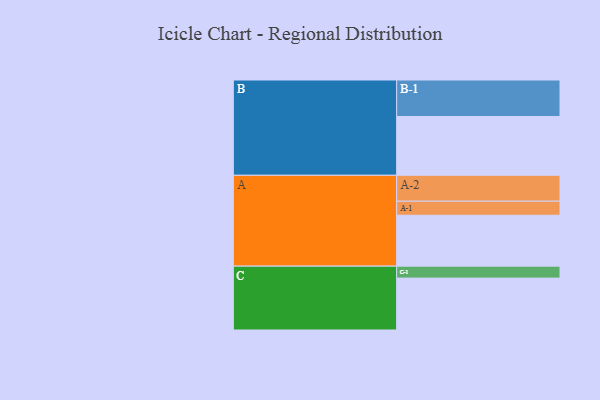
{"axis": {"x": "Segment", "y": "Value"}, "legend": ["", "A", "B", "C"], "data": [{"x": "A", "y": 413, "type": ""}, {"x": "B", "y": 477, "type": ""}, {"x": "C", "y": 421, "type": ""}, {"x": "A-1", "y": 114, "type": "A"}, {"x": "A-2", "y": 210, "type": "A"}, {"x": "B-1", "y": 296, "type": "B"}, {"x": "C-1", "y": 97, "type": "C"}]}